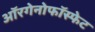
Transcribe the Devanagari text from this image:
ऑरगेनोफॉस्फेट